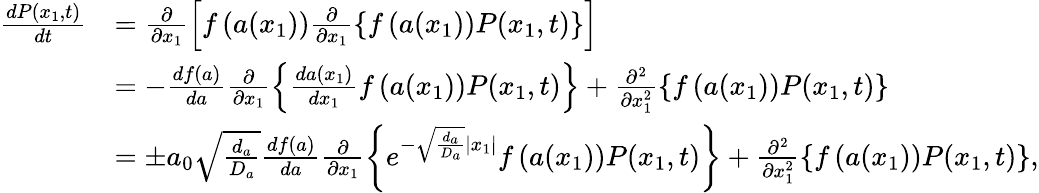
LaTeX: \begin{array}{rl}{\frac{dP(x_{1},t)}{dt}}&{=\frac{\partial}{\partial x_{1}}\left[f\left(a(x_{1})\right)\frac{\partial}{\partial x_{1}}\left\{ f\left(a(x_{1})\right)P(x_{1},t)\right\} \right]}\\ &{=-\frac{df(a)}{da}\frac{\partial}{\partial x_{1}}\left\{ \frac{da(x_{1})}{dx_{1}}f\left(a(x_{1})\right)P(x_{1},t)\right\} +\frac{\partial^{2}}{\partial x_{1}^{2}}\left\{ f\left(a(x_{1})\right)P(x_{1},t)\right\} }\\ &{=\pm a_{0}\sqrt{\frac{d_{a}}{D_{a}}}\frac{df(a)}{da}\frac{\partial}{\partial x_{1}}\left\{ e^{-\sqrt{\frac{d_{a}}{D_{a}}}\left|x_{1}\right|}f\left(a(x_{1})\right)P(x_{1},t)\right\} +\frac{\partial^{2}}{\partial x_{1}^{2}}\left\{ f\left(a(x_{1})\right)P(x_{1},t)\right\} ,}\end{array}